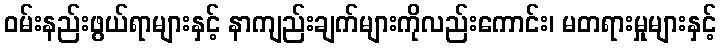
ဝမ်းနည်းဖွယ်ရာများနှင့် နာကျည်းချက်များကိုလည်းကောင်း၊ မတရားမှုများနှင့်